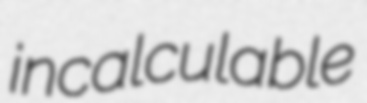
incalculable